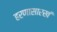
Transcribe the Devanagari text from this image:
हरणासारखं